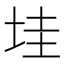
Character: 𡋣